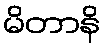
မိတာနိ